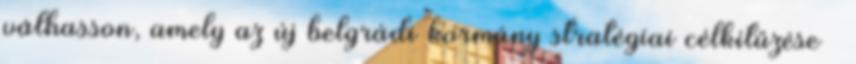
válhasson, amely az új belgrádi kormány stratégiai célkitűzése –